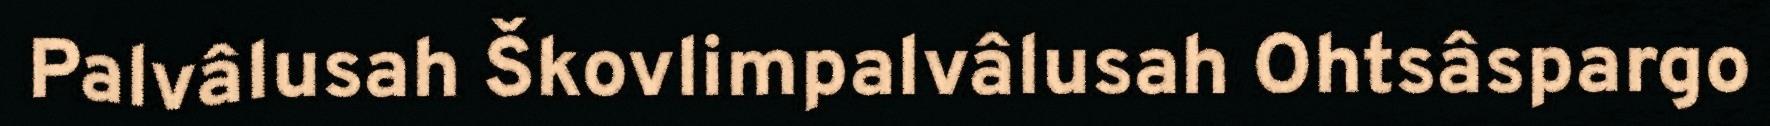
Palvâlusah Škovlimpalvâlusah Ohtsâspargo